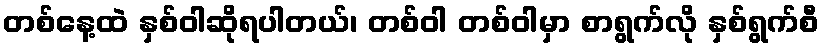
တစ်နေ့ထဲ နှစ်ဝါဆိုရပါတယ်၊ တစ်ဝါ တစ်ဝါမှာ စာရွက်လို နှစ်ရွက်စီ